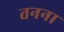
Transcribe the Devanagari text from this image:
तनना